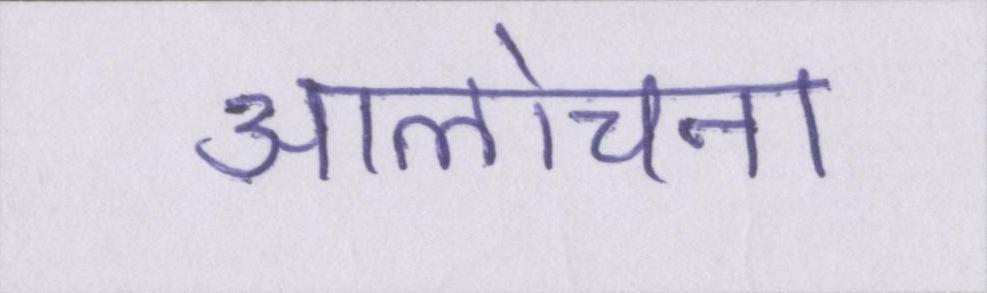
आलोचना